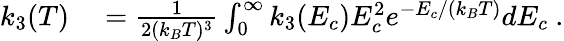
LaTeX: \begin{array}{rl}{k_{3}(T)}&{{}=\frac{1}{2(k_{B}T)^{3}}\int_{0}^{\infty}k_{3}(E_{c})E_{c}^{2}e^{-E_{c}/(k_{B}T)}dE_{c}~.}\end{array}